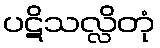
ပဋိသလ္လိတုံ